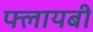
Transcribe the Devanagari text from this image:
फ्लायबी